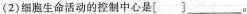
(2)细胞生命活动的控制中心是[]___。